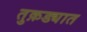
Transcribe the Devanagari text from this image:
तुक़ड्यात